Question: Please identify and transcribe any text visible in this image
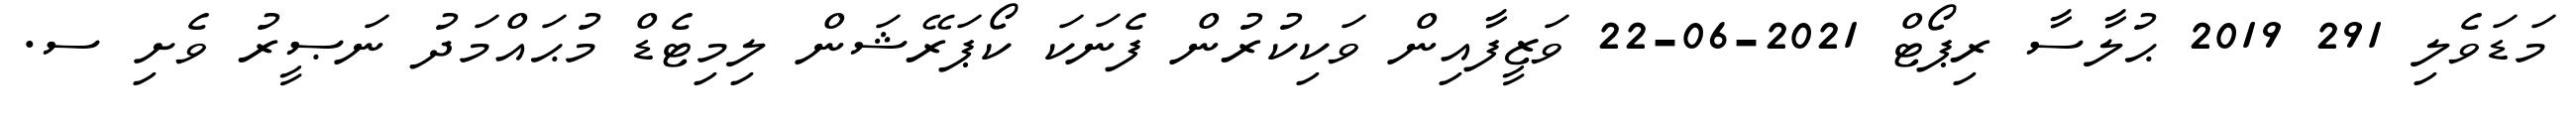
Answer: މަޑަވެލި 291 2019 ޙުލާސާ ރިޕޯޓް 2021-06-22 ވަޒީފާއިން ވަކިކުރުން ފެނަކަ ކޯޕަރޭޝަން ލިމިޓެޑް މުޙައްމަދު ނަޞީރު ވެށި ސ.